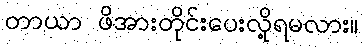
တာယာ ဖိအားတိုင်းပေးလို့ရမလား။